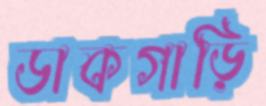
ডাকগাড়ি